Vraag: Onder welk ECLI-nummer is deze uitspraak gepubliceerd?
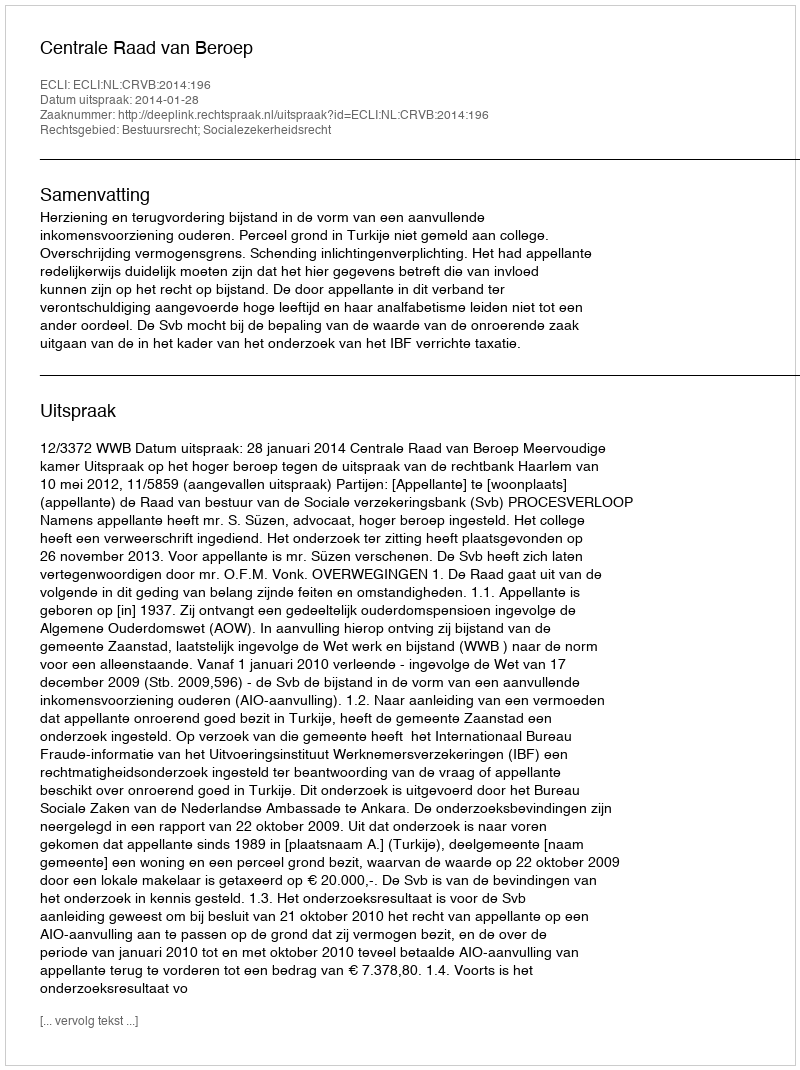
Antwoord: ECLI:NL:CRVB:2014:196